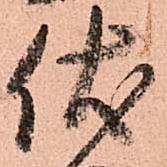
伏